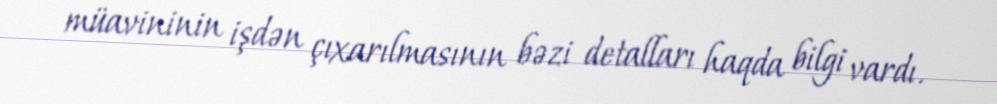
müavininin işdən çıxarılmasının bəzi detalları haqda bilgi vardı.